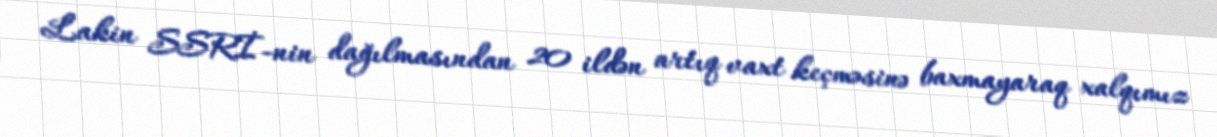
Lakin SSRİ-nin dağılmasından 20 ildən artıq vaxt keçməsinə baxmayaraq xalqımız